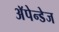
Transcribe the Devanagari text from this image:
अॅपेन्डेज